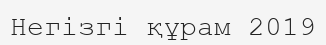
Негізгі құрам 2019